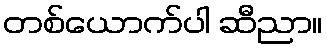
တစ်ယောက်ပါ ဆီညာ။